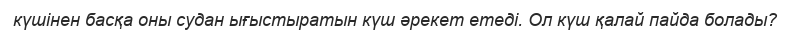
күшінен басқа оны судан ығыстыратын күш әрекет етеді. Ол күш қалай пайда болады?